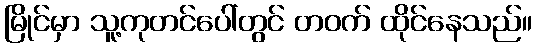
မြိုင်မှာ သူ့ကုတင်ပေါ်တွင် တဝက် ထိုင်နေသည်။